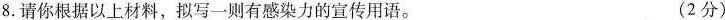
8.请你根据以上材料，拟写一则有感染力的宣传用语。 (2分)